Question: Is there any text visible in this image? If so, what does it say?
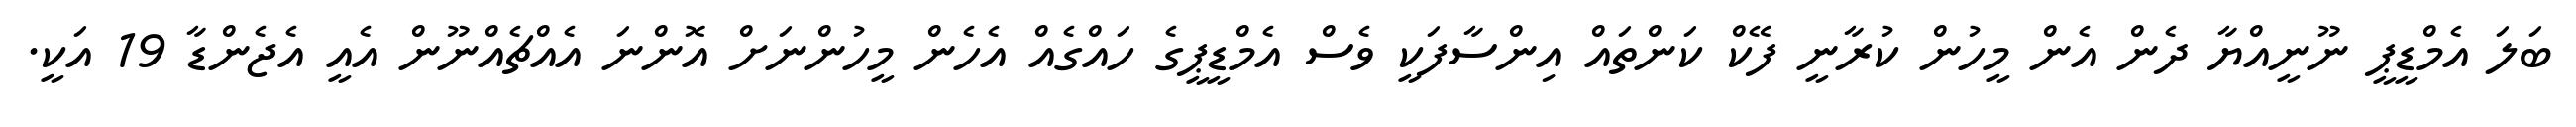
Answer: ބަލަ އެމްޑީޕީ ނޫނީއްޔާ ދެން އެން މީހުން ކުރާނީ ފޭކް ކަންތައް އިންސާފަކީ ވެސް އެމްޑީޕީގެ ހައްގެއް އެހެން މީހުންނަށް އޮންނަ އެއްޗެއްނޫން އެއީ އެޖެންޑާ 19 އަކީ.